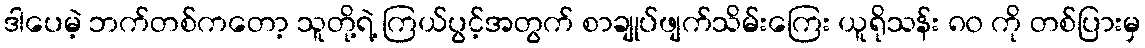
ဒါပေမဲ့ ဘက်တစ်ကတော့ သူတို့ရဲ့ ကြယ်ပွင့်အတွက် စာချုပ်ဖျက်သိမ်းကြေး ယူရိုသန်း ၈၀ ကို တစ်ပြားမှ